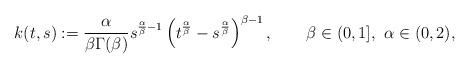
LaTeX: \begin{align*} k(t,s):=\frac{\alpha}{\beta\Gamma(\beta)}s^{\frac{\alpha}{\beta}-1}\left(t^{\frac{\alpha}{\beta}} -s^{\frac{\alpha}{\beta}} \right)^{\beta-1},\qquad\beta\in(0,1],\,\,\alpha\in(0,2), \end{align*}